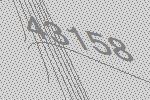
43158